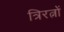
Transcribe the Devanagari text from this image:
त्रिरत्नों